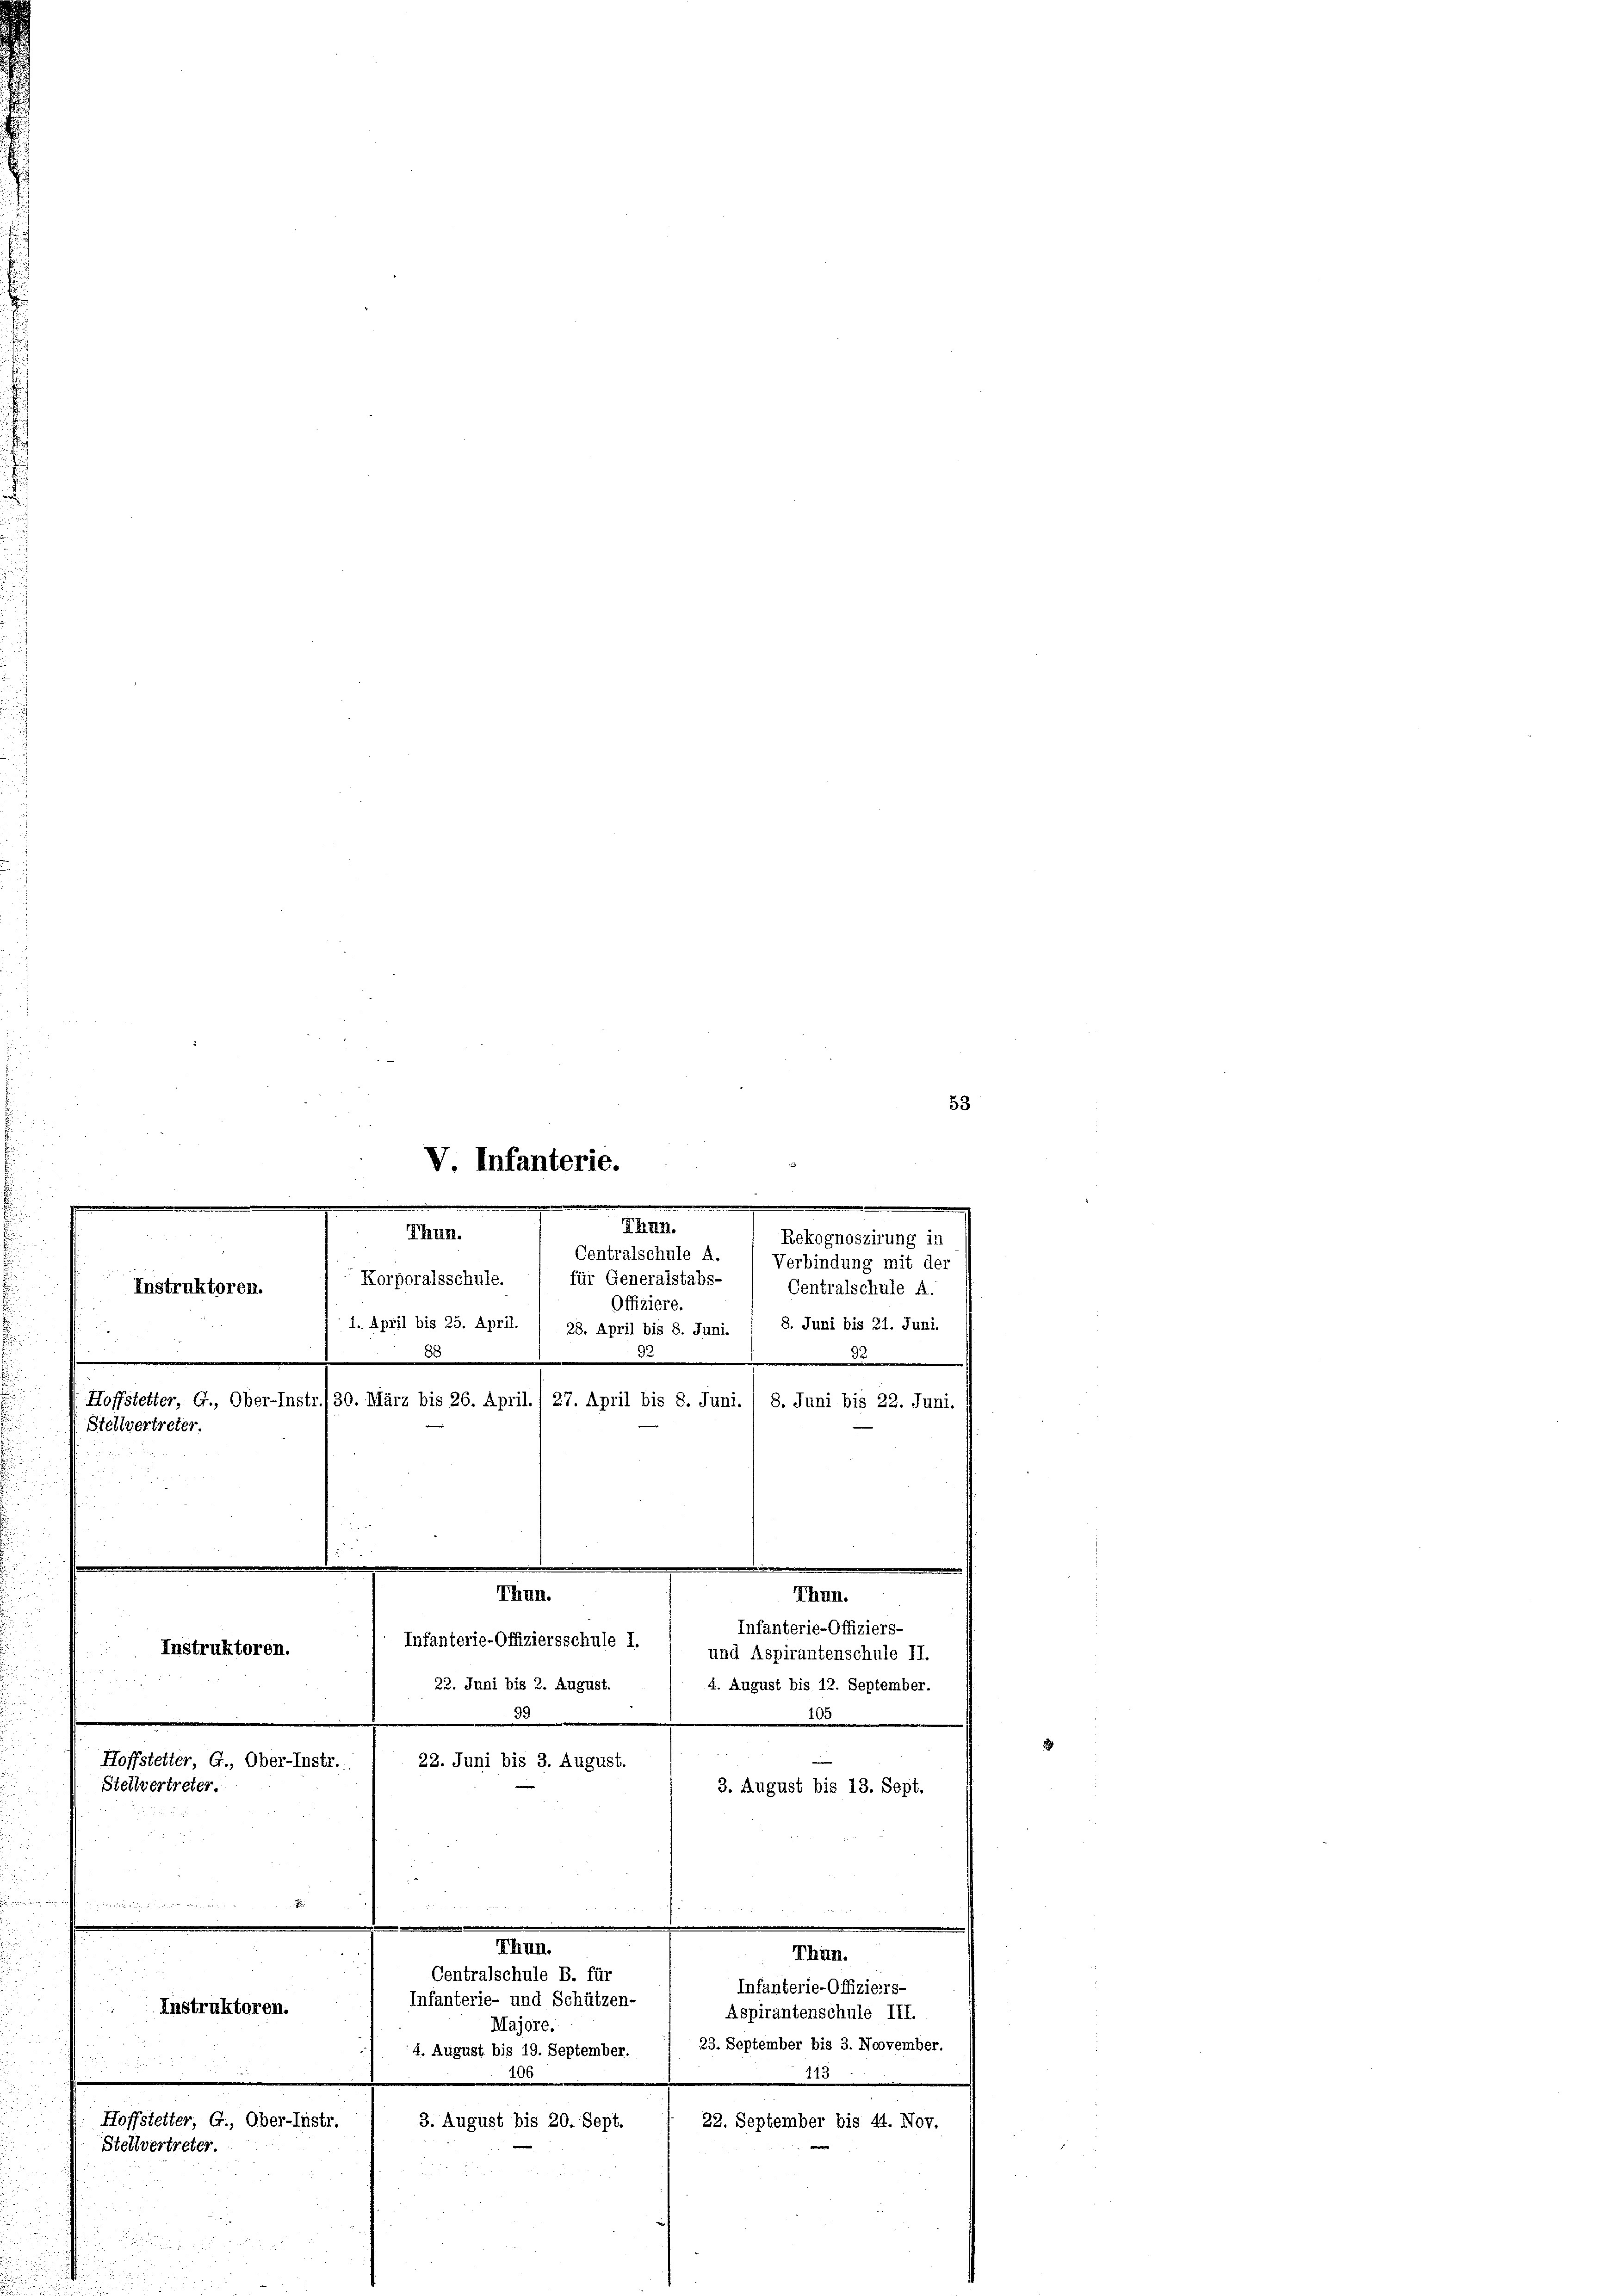
Hoffstetter, G., Ober-Instr.
Stellvertreter.

V. Infanterie.
e
.
Thun.
Thun.

Centralschule A.
für Generalstabs-
Korporalsschule.
Instruktoren.
.
,. der
Offiziere.
1. April bis 25. April.
28. April bis 8. Juni.
d
35

Hoffstetter, G., Ober-Instr.) 30. März bis 26. April./ 27. April bis 8. Juni. 1 8. Juni bis 22. Juni.
Stellvertreter.
Thun.
Thun.
Infanterie-Offiziers-
Infanterie-Offiziersschule I.
Instruktoren.
und Aspirantenschule II.
4. August bis 12. September.
22. Juni bis 2. August.

Instruktoren.

Majore.
4. August bis 19. September.
i
.
Hoffstetter, G., Ober-Instr.
22. September bis 41. Nov.
3. August bis 20. Sept.
Stellvertreter.

M
Centralschule B. für
Infanterie- und Schützen-

Rekognoszirung in
Verbindung mit der
Centralschule A.
8. Juni bis 21. Juni.
109
99
e
22. Juni bis 3. August.
3. August bis 13. Sept.

Infanterie-Offiziers-
Aspirantenschule III.
23. September bis 3. November.

Thun.

213

53